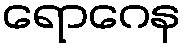
ရောဂေန